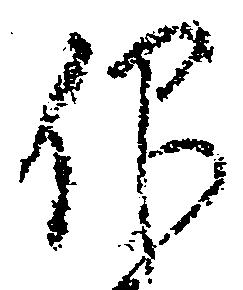
仰